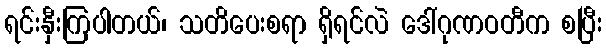
ရင်းနှီးကြပါတယ်၊ သတိပေးစရာ ရှိရင်လဲ ဒေါ်ဂုဏဝတီက စပြီး